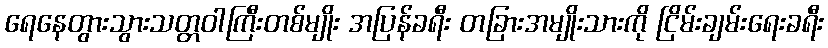
ရေနေတွားသွားသတ္တဝါကြီးတစ်မျိုး အပြန်ခရီး တခြားအမျိုးသားကို ငြိမ်းချမ်းရေးခရီး